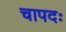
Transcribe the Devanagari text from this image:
चापदः